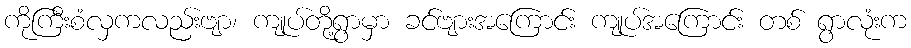
ကိုကြီးစံလှကလည်းဗျာ၊ ကျုပ်တို့ရွာမှာ ခင်ဗျားအကြောင်း ကျုပ်အကြောင်း တစ် ရွာလုံးက